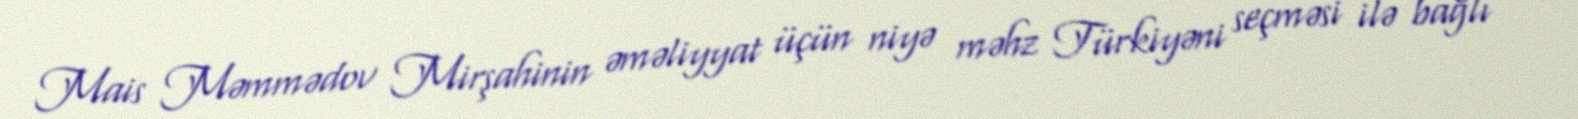
Mais Məmmədov Mirşahinin əməliyyat üçün niyə məhz Türkiyəni seçməsi ilə bağlı